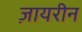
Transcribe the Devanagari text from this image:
ज़ायरीन